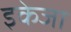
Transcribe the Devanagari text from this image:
इकेजा